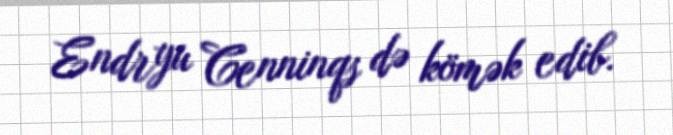
Endryu Cenninqs də kömək edib.